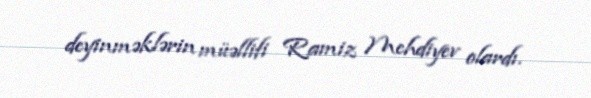
deyinməklərin müəllifi Ramiz Mehdiyev olardı.